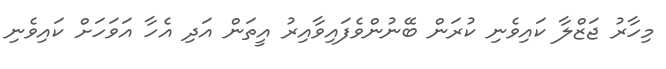
މިހާރު ޖަޒްލާ ކައިވެނި ކުރަން ބޭނުންވެފައިވާއިރު އީތަން އަދި އެހާ އަވަހަށް ކައިވެނި